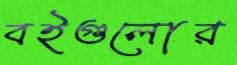
বইগুলোর